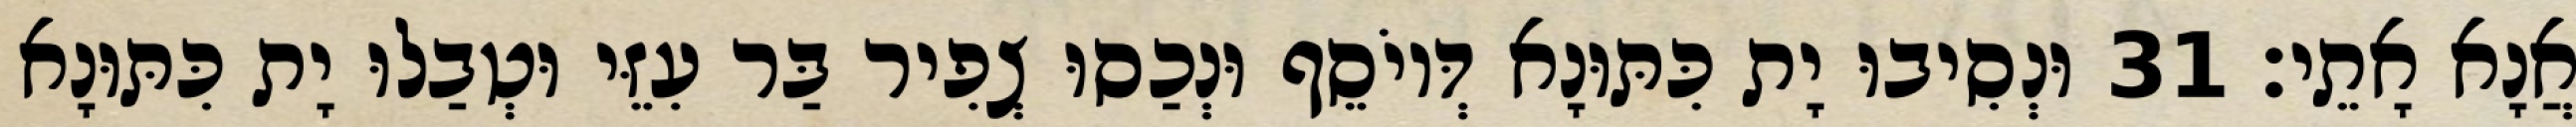
אֲנָא אָתֵי׃ 31 וּנְסִיבוּ יָת כִּתּוּנָא דְּיוֹסֵף וּנְכַסוּ צְפִיר בַּר עִזֵּי וּטְבַלוּ יָת כִּתּוּנָא